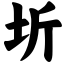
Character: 圻